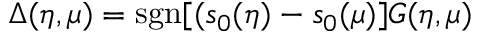
\Delta ( \eta , \mu ) = \mathrm { s g n } [ ( s _ { 0 } ( \eta ) - s _ { 0 } ( \mu ) ] G ( \eta , \mu )